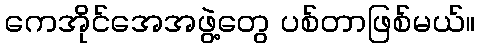
ကေအိုင်အေအဖွဲ့တွေ ပစ်တာဖြစ်မယ်။